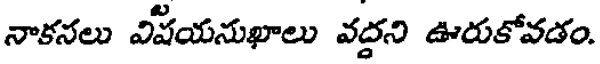
నాకసలు విషయసుఖాలు వద్దని ఊరుకోవడం.